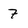
Character: 7